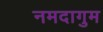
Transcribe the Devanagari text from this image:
नमदागुम